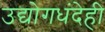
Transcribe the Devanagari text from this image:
उद्योगधंदेही